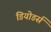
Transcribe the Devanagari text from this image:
डियोडर्स